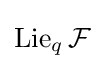
\mathrm {Lie} _{q}\,{\mathcal {F}}